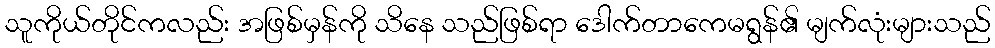
သူကိုယ်တိုင်ကလည်း အဖြစ်မှန်ကို သိနေ သည်ဖြစ်ရာ ဒေါက်တာကေမရွန်၏ မျက်လုံးများသည်